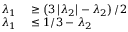
\begin{array} { r l } { \lambda _ { 1 } } & { { } \geq \left( 3 \left| \lambda _ { 2 } \right| - \lambda _ { 2 } \right) / 2 } \\ { \quad \lambda _ { 1 } } & { { } \leq 1 / 3 - \lambda _ { 2 } } \end{array}